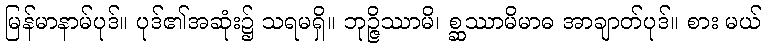
မြန်မာနာမ်ပုဒ်။ ပုဒ်၏အဆုံး၌ သရမရှိ။ ဘုဉ္ဇိဿာမိ၊ စ္ဆဿာမိမာဓ အာချာတ်ပုဒ်။ စား မယ်